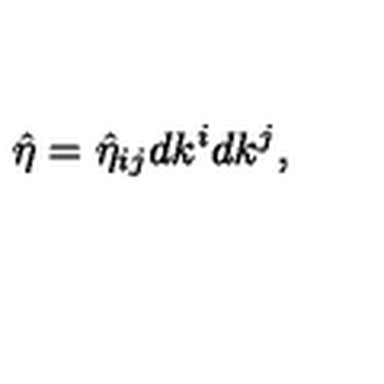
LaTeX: { \hat { \eta } } = { \hat { \eta } } _ { i j } d k ^ { i } d k ^ { j } ,